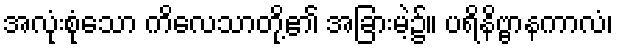
အလုံးစုံသော ကိလေသာတို့၏ အခြားမဲ့၌။ ပရိနိဗ္ဗာနကာလံ၊